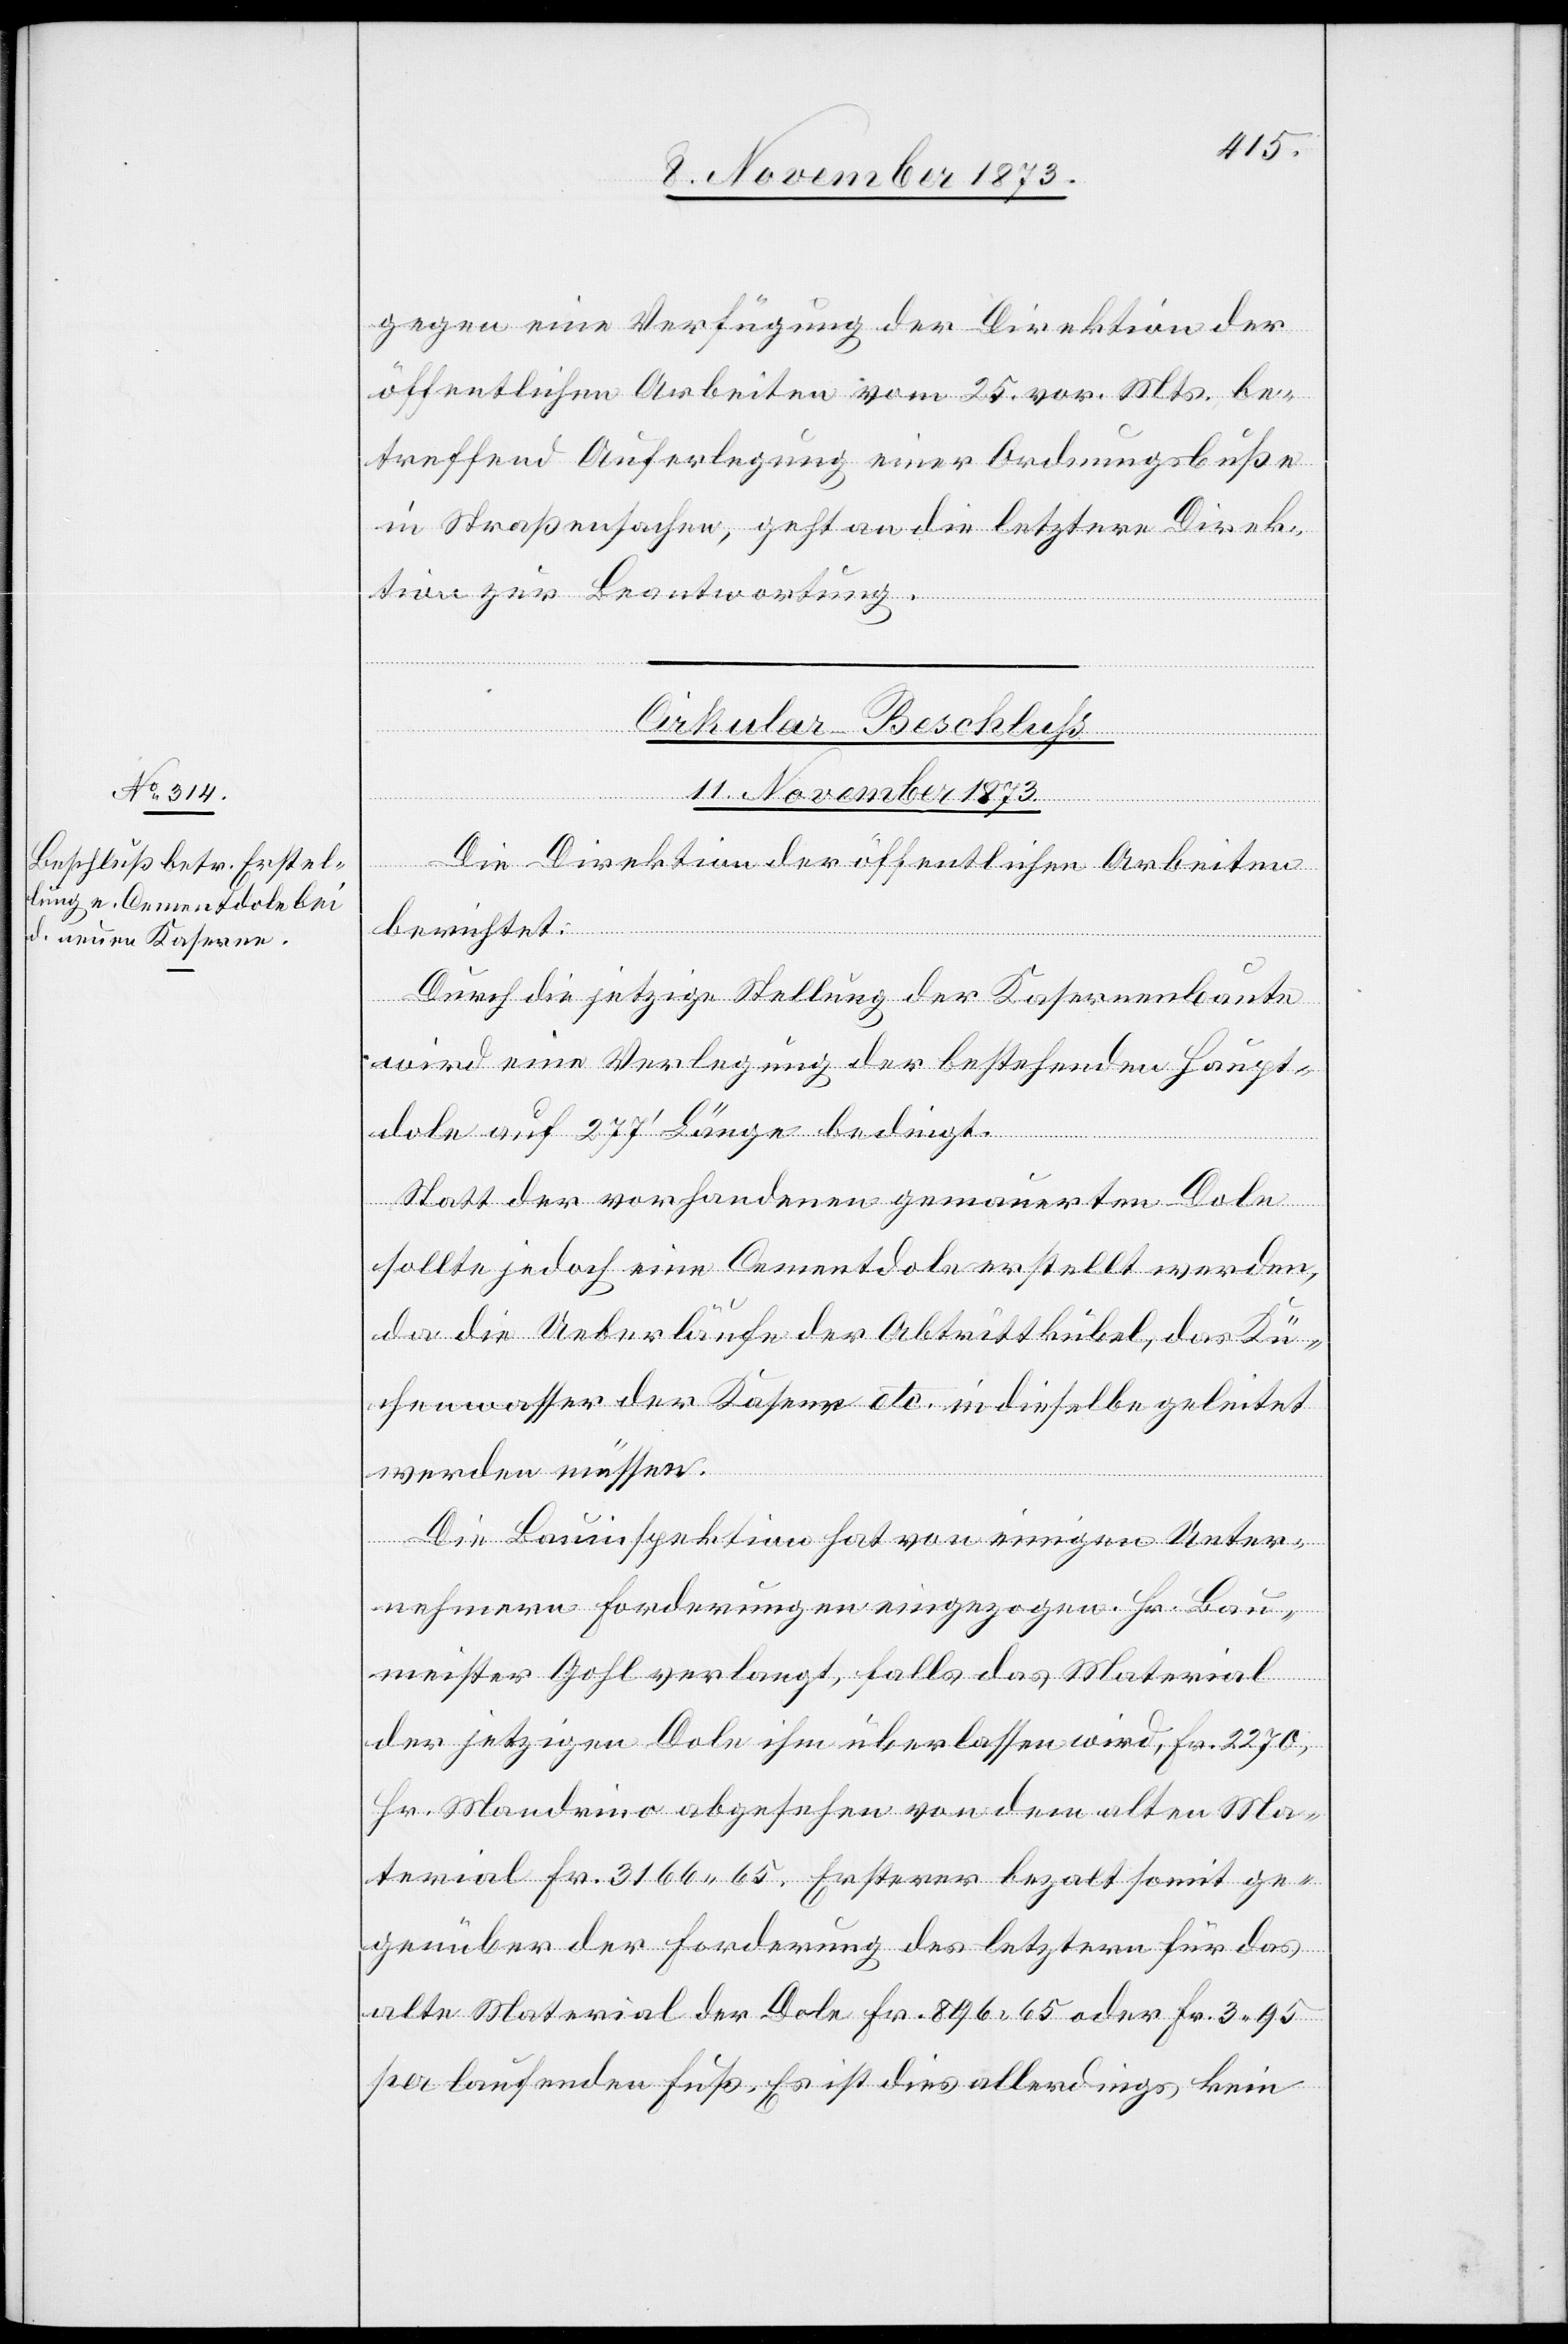
gegen eine Verfügung der Direktion der
öffentlichen Arbeiten vom 25. vor. Mts. be¬
treffend Auferlegung einer Ordnungsbuße
in Straßensachen, geht an die letztere Direk¬
tion zur Beantwortung.
Cirkular-Beschluss
11. November 1873.
Die Direktion der öffentlichen Arbeiten
berichtet:
Durch die jetzige Stellung der Kasernenbaute
wird eine Verlegung der bestehenden Haupt¬
dole auf 277‘ Länge bedingt.
Statt der vorhandenen gemauerten Dole
sollte jedoch eine Cementdole erstellt werden,
da die Ueberläufe der Abtrittkübel, das Kü¬
chenwasser der Kase[r]ne etc. in dieselbe geleitet
werden müssen.
Die Bauinspektion hat von einigen Unter¬
nehmern Forderungen eingezogen. Hr. Bau¬
meister Gohl verlangt, falls das Material
der jetzigen Dole ihm überlassen wird, Fr. 2 270,
Hr. Mandrino abgesehen von dem alten Ma¬
terial Fr. 3 166 65. Ersterer bezalt somit ge¬
genüber der Forderung des letztern für das
alte Material der Dole Fr. 896 65 oder Fr. 3 95
per laufenden Fuß. Es ist dies allerdings kein